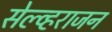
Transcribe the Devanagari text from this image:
सेल्व्हराजन